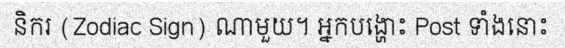
និករ (Zodiac Sign) ណាមួយ។ អ្នកបង្ហោះ Post ទាំងនោះ